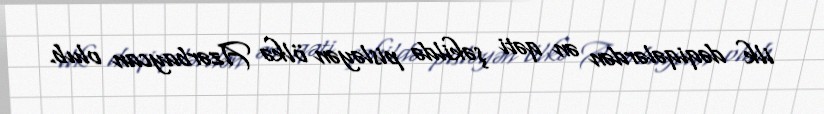
ilk dəqiqələrdən ən qəti şəkildə pisləyən ölkə Azərbaycan olub.